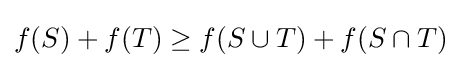
f(S)+f(T)\geq f(S\cup T)+f(S\cap T)